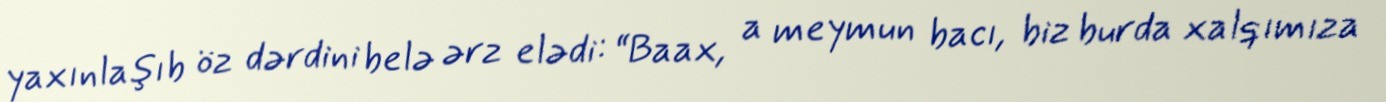
yaxınlaşıb öz dərdini belə ərz elədi: “Baax, a meymun bacı, biz burda xalqımıza